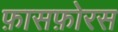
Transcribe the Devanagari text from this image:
फ़ासफ़ोरस